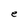
Character: e